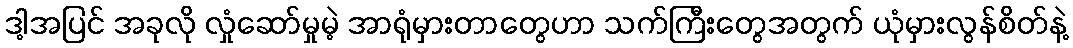
ဒါ့အပြင် အခုလို လှုံဆော်မှုမဲ့ အာရုံမှားတာတွေဟာ သက်ကြီးတွေအတွက် ယုံမှားလွန်စိတ်နဲ့